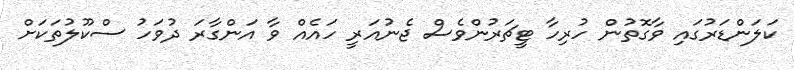
ކަލަންޑަރުގައި ވާގޮތުން ހުރިހާ ޓީޗަރުންވެސް ޖެނުއަރީ ހައެއް ވާ އަންގާރަ ދުވަހު ސްކޫލުތަކަށް